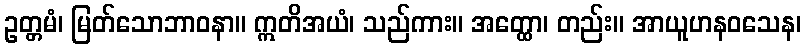
ဥတ္တမံ၊ မြတ်သောဘာဝနာ။ ဣတိအယံ၊ သည်ကား။ အတ္ထော၊ တည်း။ အာယူဟနဝသေန၊